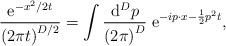
LaTeX: \begin{align*}\frac{{\rm e}^{-x^2/2t}}{\left(2\pi t\right)^{D/2}}=\int \frac{{\rm d}^Dp}{\left(2\pi\right)^D}\;{\rm e}^{-i p \cdot x - \frac 1 2 p^2 t},\end{align*}